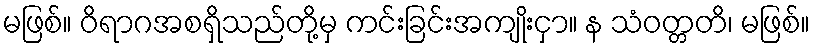
မဖြစ်။ ဝိရာဂအစရှိသည်တို့မှ ကင်းခြင်းအကျိုးငှာ။ န သံဝတ္တတိ၊ မဖြစ်။